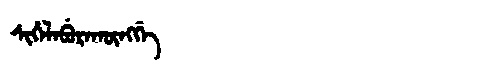
Manchu: ᠰᡳᡥᡝᠯᡝᠪᡠᡵᠠᡴᡡᠩᡤᡝ
Romanization: SIHELEBURAKŪNGGE